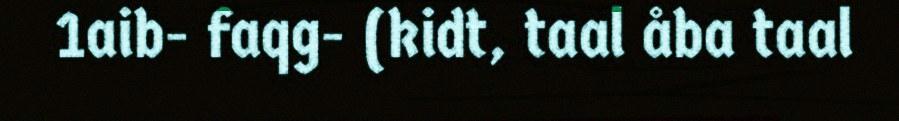
1aib- faqg- (kidt, taal åba taal